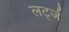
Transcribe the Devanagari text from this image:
लर्ट्ज